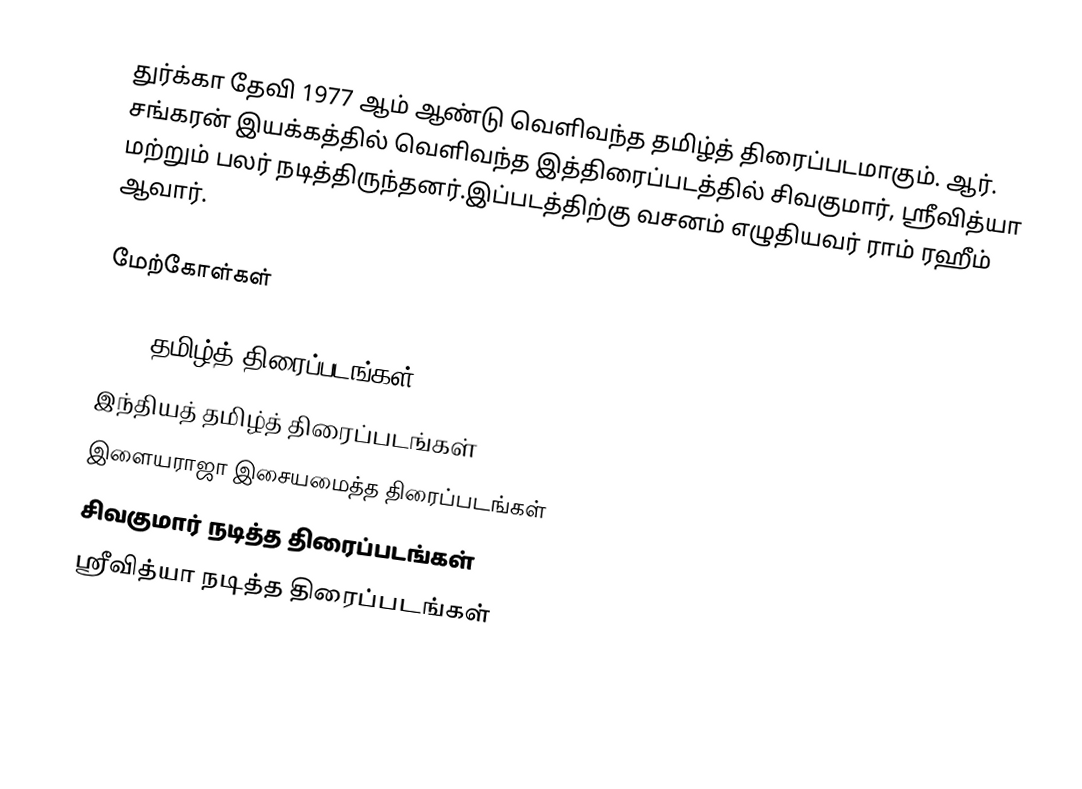
துர்க்கா தேவி 1977 ஆம் ஆண்டு வெளிவந்த தமிழ்த் திரைப்படமாகும். ஆர். சங்கரன் இயக்கத்தில் வெளிவந்த இத்திரைப்படத்தில் சிவகுமார், ஸ்ரீவித்யா மற்றும் பலர் நடித்திருந்தனர்.இப்படத்திற்கு வசனம் எழுதியவர் ராம் ரஹீம் ஆவார்.

மேற்கோள்கள்

1977 தமிழ்த் திரைப்படங்கள்
இந்தியத் தமிழ்த் திரைப்படங்கள்
இளையராஜா இசையமைத்த திரைப்படங்கள்
சிவகுமார் நடித்த திரைப்படங்கள்
ஸ்ரீவித்யா நடித்த திரைப்படங்கள்